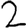
Digit: 2